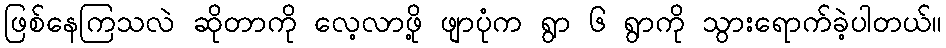
ဖြစ်နေကြသလဲ ဆိုတာကို လေ့လာဖို့ ဖျာပုံက ရွာ ၆ ရွာကို သွားရောက်ခဲ့ပါတယ်။